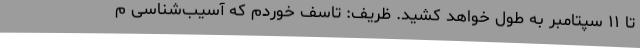
تا ۱۱ سپتامبر به طول خواهد کشید. ظریف: تاسف خوردم که آسیب‌شناسی م